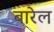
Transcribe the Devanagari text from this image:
बारेल